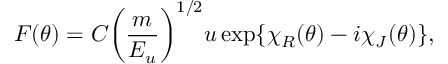
F ( \theta ) = C { \left( \frac { m } { E _ { u } } \right) } ^ { 1 / 2 } u \exp \{ \chi _ { R } ( \theta ) - i \chi _ { J } ( \theta ) \} ,